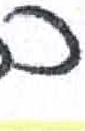
אות: כ